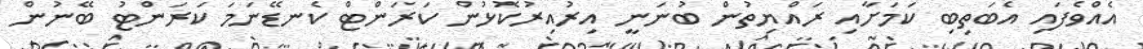
އެއްވެފައި އެބަތިބި ކަމަށާއި ރައްޔިތުން ބުނަނީ އިރުއިރުކޮޅުން ކަރަންޓް ކެނޑޭނަމަ ކަރަންޓު ބޭނުން